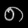
Digit: ၈